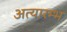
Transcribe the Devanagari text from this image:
अत्यारम्भ